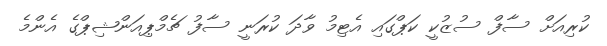
ކުރިއަށް ސާފް ސުޒުކީ ކަޕްގައި އެޓިމު ވާދަ ކުރަނީ ސާފު ޗެމްޕިއަންޝިޕްގެ އެންމެ